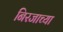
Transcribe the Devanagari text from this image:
निरजाच्या